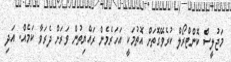
މަޖުލީސް ކޮންޓްރޯލް ކުރެވޭގޮތަށް އޮތުމަކީ އަހަރެމެން ރައްޔިތުން ވަރަށް ދެރަވާ ކަމެއް. އަދި